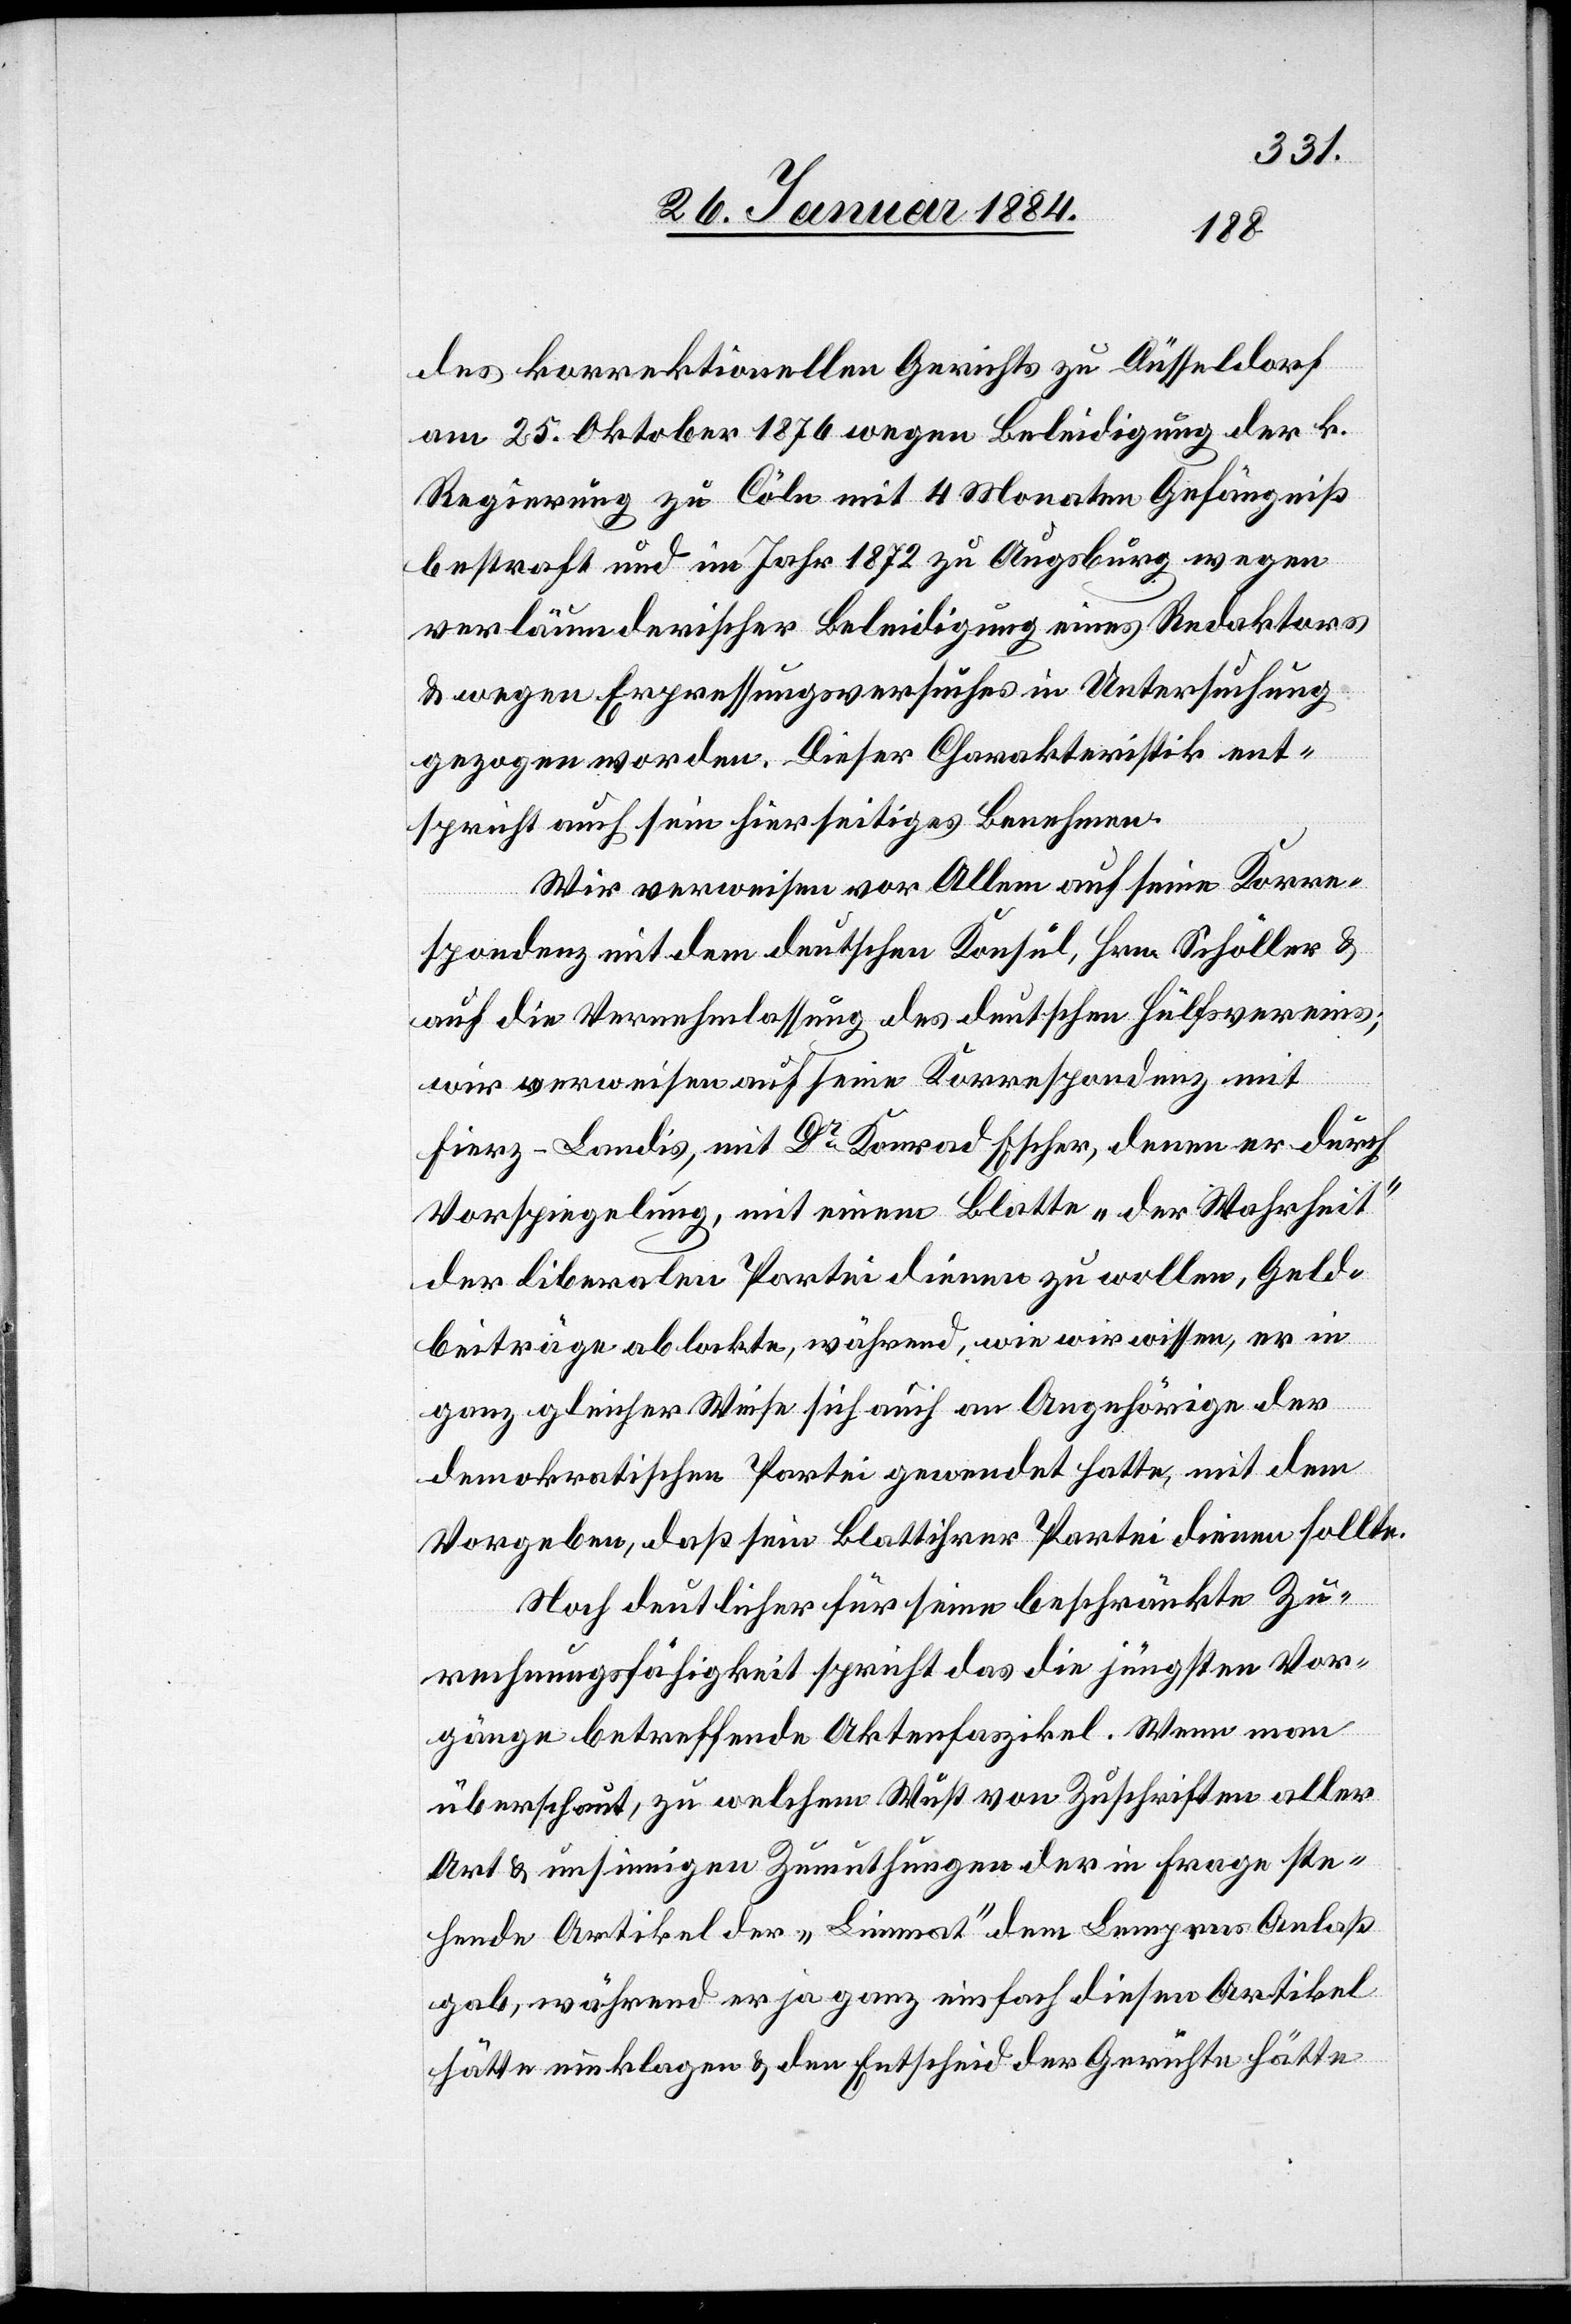
des korrektionellen Gerichts zu Düsseldorf
am 25. Oktober 1876 wegen Beleidigung der k.
Regierung zu Cölbe mit 4 Monaten Gefängniß
bestraft und im Jahr 1872 zu Augsburg wegen
verläumderischer Beleidigung eines Redaktors
& wegen Erpressungsversuches in Untersuchung
gezogen worden. Dieser Charakteristik ent¬
spricht auch sein hierseitiges Benehmen.
Wir verweisen vor Allem auf seine Korre¬
spondenz mit dem deutschen Konsul, Hrn. Schöller &
auf die Vernehmlassung des deutschen Hülfsvereins;
wir verweisen auf seine Korrespondenz mit
Hierz-Landis, mit Dr Konrad Escher, denen er durch
Vorspiegelung, mit seinem Blatte „Der Wahrheit“
der liberalen Partei dienen zu wollen, Geld¬
beiträge ablockte, während, wie er wisse, er in
ganz gleicher Weise sich auch an Angehörige der
demokratischen Partei gewendet hatte, mit dem
Vorgeben, daß sein Blatt ihrer Partei dienen sollte.
Noch deutlicher für seine beschränkte Zu¬
rechnungsfähigkeit spricht das die jüngste Vor¬
gänge betreffende Aktenfaszikel. Wenn man
überschaut, zu welchem Wust von Zuschriften aller
Art & unsinnigen Zumuthungen der in Frage ste¬
hende Artikel der „Limmat“ dem Lempens Anlaß
gab, während er ja ganz einfach diesen Artikel
hätte einklagen & den Entscheid der Gerichte hätte